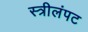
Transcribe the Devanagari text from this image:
स्त्रीलंपट